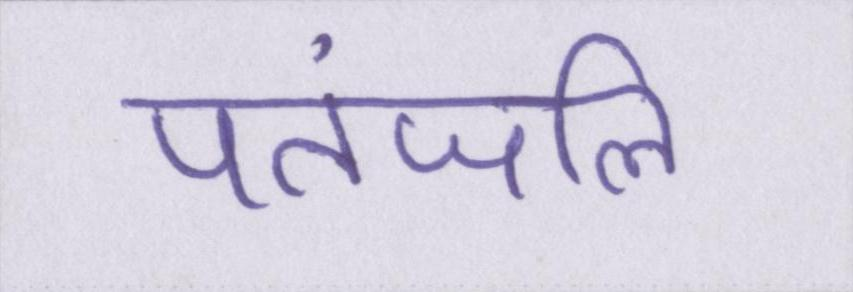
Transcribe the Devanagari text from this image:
पतंजलि